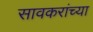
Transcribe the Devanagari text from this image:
सावकरांच्या